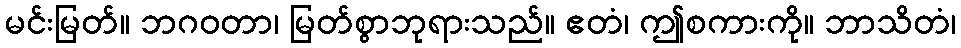
မင်းမြတ်။ ဘဂဝတာ၊ မြတ်စွာဘုရားသည်။ ဧတံ၊ ဤစကားကို။ ဘာသိတံ၊